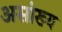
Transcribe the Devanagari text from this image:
असांख्य